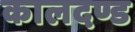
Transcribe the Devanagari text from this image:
कालदण्ड